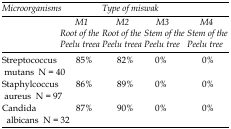
<table><thead><tr><td rowspan="2"><b><i>Microorganisms</i></b></td><td colspan="4"><b><i>Type of miswak</i></b></td></tr><tr><td><b><i>M1</i><i>Root of the Peelu tree</i>a</b></td><td><b><i>M2</i><i>Root of the Peelu tree</i>b</b></td><td><b><i>M3</i><i>Stem of the Peelu tree</i></b></td><td><b><i>M4</i><i>Stem of the Neem tree</i></b></td></tr></thead><tbody><tr><td>Streptococcus mutansN = 40</td><td>85%</td><td>82%</td><td>0%</td><td>0%</td></tr><tr><td>Staphylcoccus aureusN = 97</td><td>86%</td><td>89%</td><td>0%</td><td>0%</td></tr><tr><td>Candida albicansN = 32</td><td>87%</td><td>90%</td><td>0%</td><td>0%</td></tr></tbody></table>